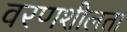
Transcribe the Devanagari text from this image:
वरणशीलता